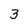
Character: 3